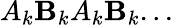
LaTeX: A_{k}\mathbf{B}_{k}A_{k}\mathbf{B}_{k}...